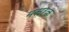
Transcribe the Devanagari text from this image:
मस़रक